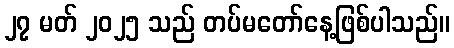
၂၇ မတ် ၂၀၂၅ သည် တပ်မတော်နေ့ဖြစ်ပါသည်။